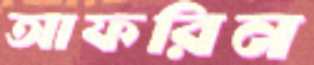
আফরিন